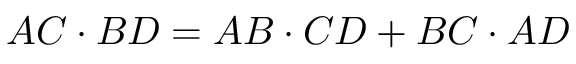
A C \cdot B D = A B \cdot C D + B C \cdot A D